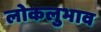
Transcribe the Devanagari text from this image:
लोकलुभाव